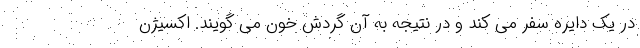
در یک دایره سفر می کند و در نتیجه به آن گردش خون می گویند. اکسیژن